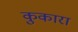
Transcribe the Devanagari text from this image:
कुकारा